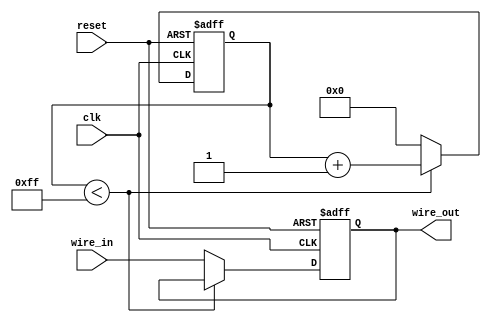
module BufferDelay (
    input clk,
    input reset,
    input wire_in,
    output reg wire_out
);

reg [7:0] delay_counter;

always @(posedge clk or posedge reset) begin
    if (reset) begin
        delay_counter <= 8'b00000000;
        wire_out <= 1'b0;
    end else begin
        if (delay_counter < 8'd255) begin
            delay_counter <= delay_counter + 1;
        end else begin
            delay_counter <= 8'b00000000;
            wire_out <= wire_in;
        end
    end
end

endmodule